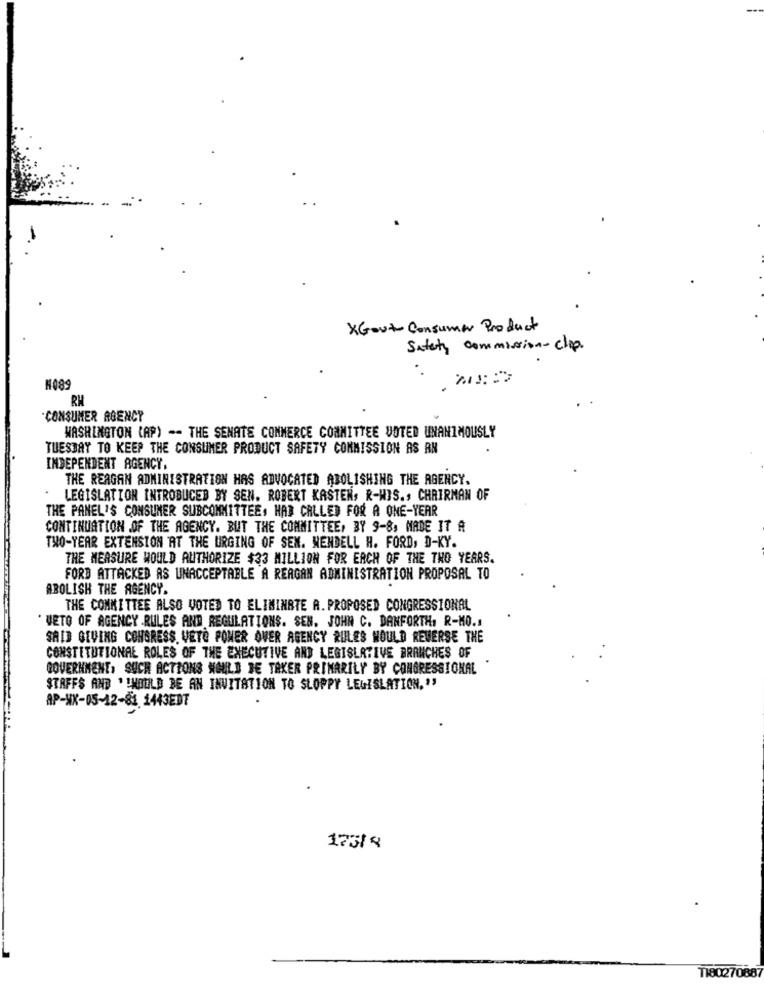
--
XGout Consumer Product
Safety commission- clap.
H089
RH
-CONSUMER AGENCY
WASHINGTON (AP) -- THE SENATE COMMERCE COMMITTEE VOTED UNANIMOUSLY
TUESDAY TO KEEP THE CONSUMER PRODUCT SAFETY COMMISSION AS RN
INDEPENDENT AGENCY,
THE REAGAN ADMINISTRATION HAS ADVOCATED ABOLISHING THE AGENCY.
LEGISLATION INTROBUCED BY SEN. ROBERT KASTER, R-WIS ., CHAIRMAN OF
THE PANEL'S CONSUMER SUBCOMMITTEE, HAD CALLED FOR A ONE-YEAR
CONTINUATION OF THE AGENCY. BUT THE COMMITTEE, BY 9-8, MADE IT A
THO-YEAR EXTENSION AT THE URGING OF SEX. WENDELL H. FORD, D-KY.
THE MEASURE WOULD AUTHORIZE $33 MILLION FOR EACH OF THE TWO YEARS.
FORD ATTACKED AS UNACCEPTABLE A REAGAN ADMINISTRATION PROPOSAL TO
ABOLISH THE AGENCY.
THE COMMITTEE ALSO VOTED TO ELIMINATE A. PROPOSED CONGRESSIONAL
* UETO OF AGENCY RULES AND REGULATIONS. SEN. JOHN C. DANFORTH, R-MO.1
SAID GIVING CONGRESS, VETO PONER OVER AGENCY RULES WOULD REVERSE THE
CONSTITUTIONAL ROLES OF THE EXECUTIVE AND LEGISLATIVE BRANCHES OF
GOVERNMENT, SUCH ACTIONS WOULD DE TAKER PRIMARILY BY CONGRESSIONAL
STAFFS AND ' SHOULD BE AN INVITATION TO SLOPPY LEGISLATION,"
AP-HX-05-12-83. 1443EDT
173/4
T180270887